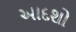
આદશો